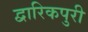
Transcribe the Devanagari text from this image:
द्वारिकपुरी